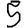
Digit: 5